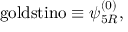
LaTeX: \mathrm { g o l d s t i n o } \equiv \psi _ { 5 R } ^ { ( 0 ) } ,